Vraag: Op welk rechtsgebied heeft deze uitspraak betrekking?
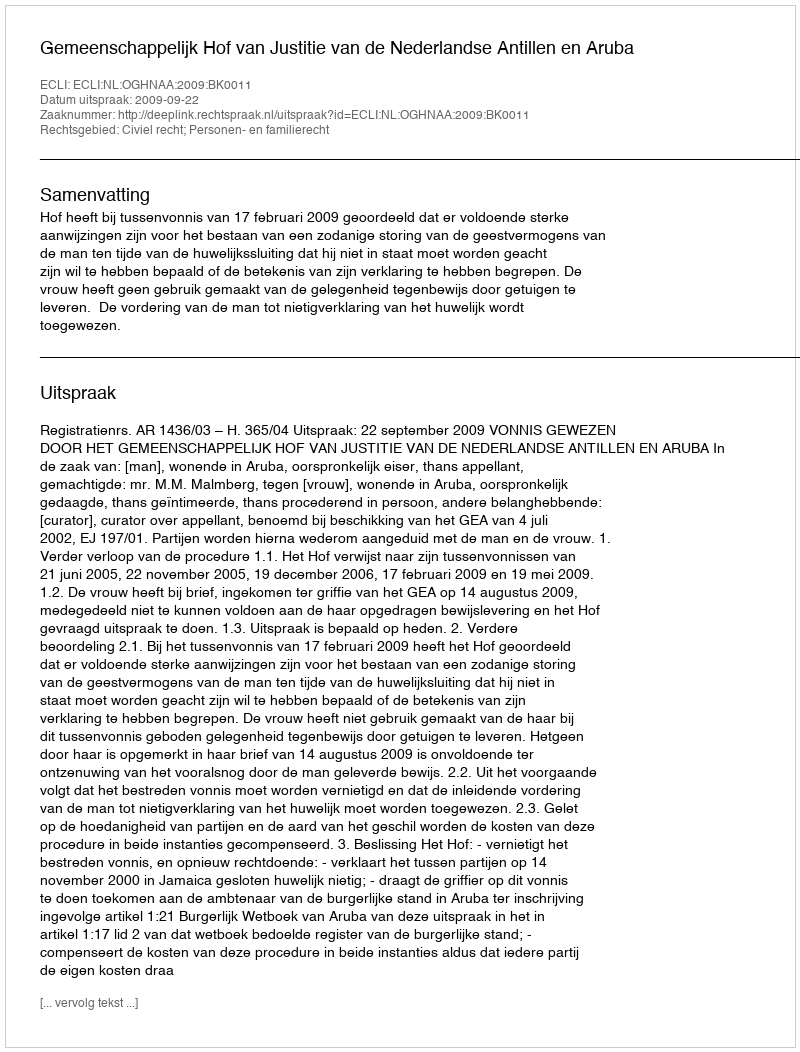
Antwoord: Civiel recht; Personen- en familierecht